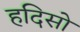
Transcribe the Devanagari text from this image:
हदिसो